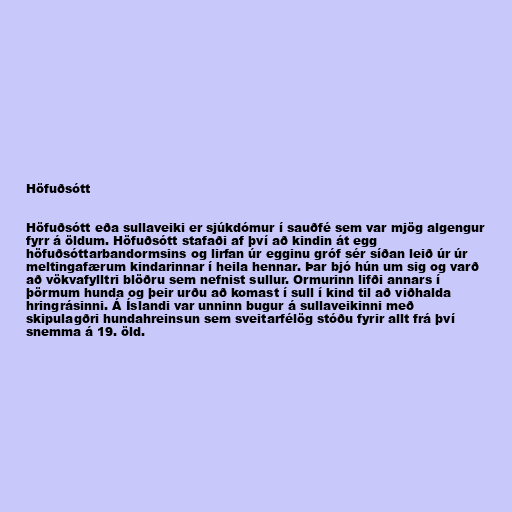
Höfuðsótt

Höfuðsótt eða sullaveiki er sjúkdómur í sauðfé sem var mjög algengur
fyrr á öldum. Höfuðsótt stafaði af því að kindin át egg
höfuðsóttarbandormsins og lirfan úr egginu gróf sér síðan leið úr úr
meltingafærum kindarinnar í heila hennar. Þar bjó hún um sig og varð
að vökvafylltri blöðru sem nefnist sullur. Ormurinn lifði annars í
þörmum hunda og þeir urðu að komast í sull í kind til að viðhalda
hringrásinni. Á Íslandi var unninn bugur á sullaveikinni með
skipulagðri hundahreinsun sem sveitarfélög stóðu fyrir allt frá því
snemma á 19. öld.